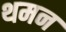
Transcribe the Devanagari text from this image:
थमन